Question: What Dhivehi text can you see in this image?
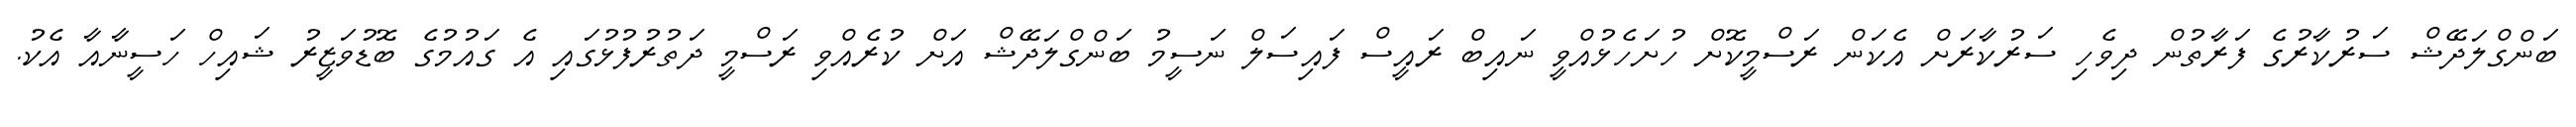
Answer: ބަންގްލަދޭޝް ސަރުކާރުގެ ފަރާތުން ދިވެހި ސަރުކާރަށް އެކަން ރަސްމީކޮށް ހުށަހެޅުއްވީ ނައިބް ރައީސް ފައިސަލް ނަސީމު ބަންގްލަދޭޝް އަށް ކުރެއްވި ރަސްމީ ދަތުރުފުޅުގައި އެ ގައުމުގެ ބޮޑުވަޒީރު ޝައިހް ހަސީނާއާ އެކު.